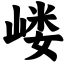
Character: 嵝